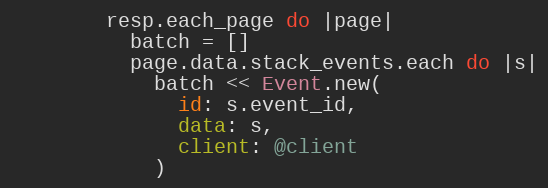
Language: Ruby
        resp.each_page do |page|
          batch = []
          page.data.stack_events.each do |s|
            batch << Event.new(
              id: s.event_id,
              data: s,
              client: @client
            )